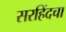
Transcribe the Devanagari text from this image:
सरहिंदचा